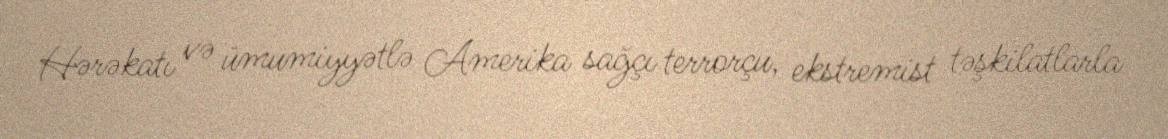
Hərəkatı və ümumiyyətlə Amerika sağçı terrorçu, ekstremist təşkilatlarla